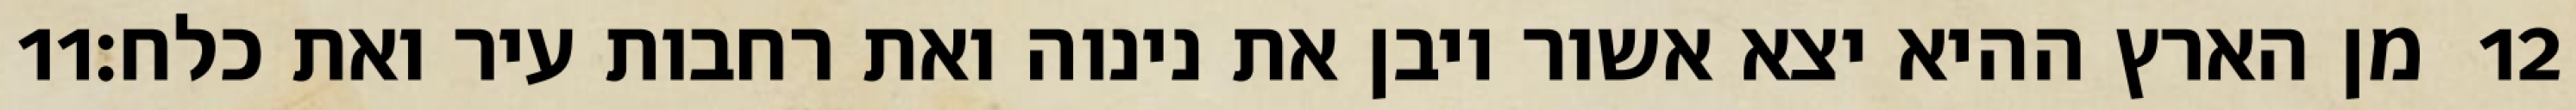
‎11‏ מן הארץ ההיא יצא אשור ויבן את נינוה ואת רחבות עיר ואת כלח׃ ‎12‏